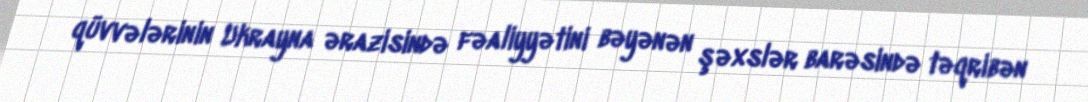
qüvvələrinin Ukrayna ərazisində fəaliyyətini bəyənən şəxslər barəsində təqribən